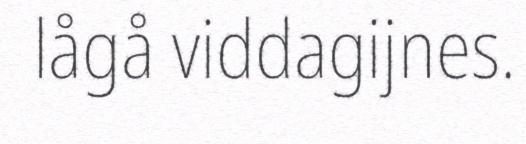
lågå viddagijnes.